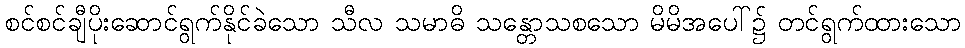
စင်စင်ချီပိုးဆောင်ရွက်နိုင်ခဲသော သီလ သမာဓိ သန္တောသစသော မိမိအပေါ်၌ တင်ရွက်ထားသော